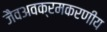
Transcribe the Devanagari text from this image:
जैवअवक्रमकरणीय